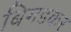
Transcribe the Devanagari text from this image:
बिगडकर